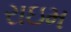
રાઇમ